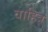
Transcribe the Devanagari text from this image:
वाहित्र